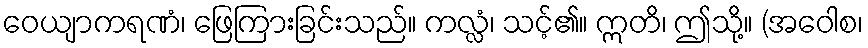
ဝေယျာကရဏံ၊ ဖြေကြားခြင်းသည်။ ကလ္လံ၊ သင့်၏။ ဣတိ၊ ဤသို့။ (အဝေါစ၊